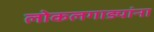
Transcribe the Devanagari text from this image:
लोकलगाड्यांना